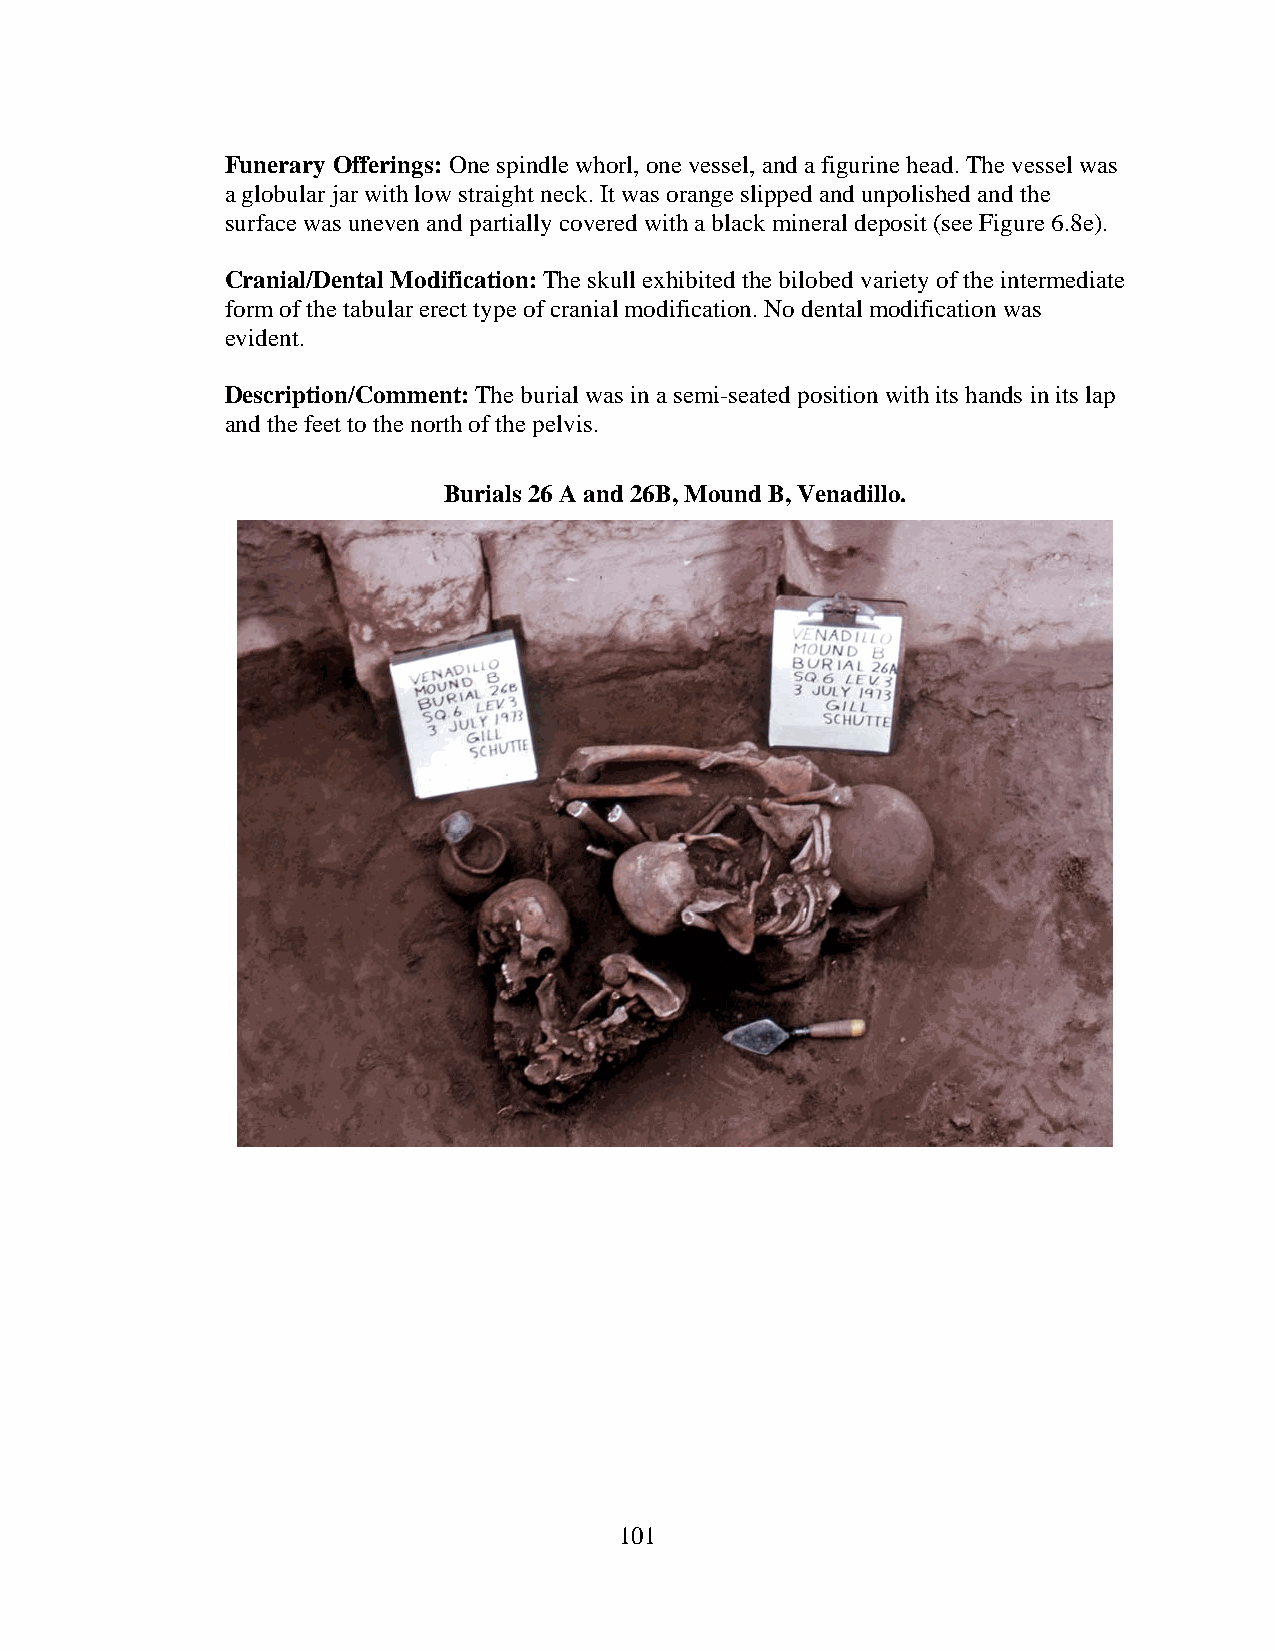
Funerary Offerings: One spindle whorl, one vessel, and a figurine head. The vessel was
 a globular jar with low straight neck. It was orange slipped and unpolished and the
 surface was uneven and partially covered with a black mineral deposit (see Figure 6.8e).
 Cranial/Dental Modification: The skull exhibited the bilobed variety of the intermediate
 form of the tabular erect type of cranial modification. No dental modification was
 evident.
 Description/Comment: The burial was in a semi-seated position with its hands in its lap
 and the feet to the north of the pelvis.
 Burials 26 A and 26B, Mound B, Venadillo.
 101